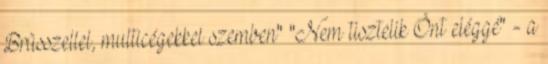
Brüsszellel, multicégekkel szemben" "Nem tisztelik Önt eléggé" - a